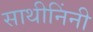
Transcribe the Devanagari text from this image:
साथीनिंनी